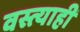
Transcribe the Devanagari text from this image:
वस्त्याही